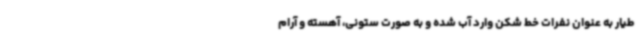
طیار به عنوان نفرات خط شکن وارد آب شده و به صورت ستونی، آهسته و آرام